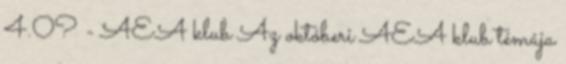
4.0? - AEA klub Az októberi AEA klub témája